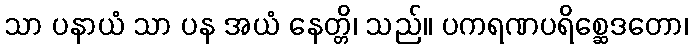
သာ ပနာယံ သာ ပန အယံ နေတ္တိ၊ သည်။ ပကရဏပရိစ္ဆေဒတော၊